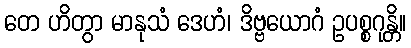
တေ ဟိတွာ မာနုသံ ဒေဟံ၊ ဒိဗ္ဗယောဂံ ဥပစ္စဂုန္တိ။